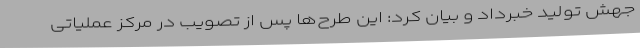
جهش تولید خبرداد و بیان کرد: این طرح‌ها پس از تصویب در مرکز عملیاتی